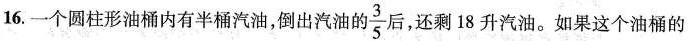
16.一个圆柱形油桶内有半桶汽油，倒出汽油的\frac{3}{5}后，还剩18升汽油。如果这个油桶的